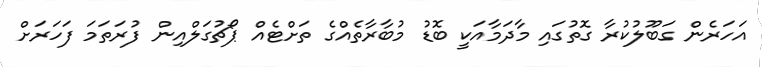
އަހަރެން ގަބޫލުކުރާ ގޮތުގައި މާދަމާއަކީ ބޮޑު މުބާރާތެއްގެ ތަށްޓެއް ޕޯޗުގަލްއިން ފުރަތަމަ ފަހަރަށް